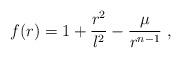
LaTeX: \begin{align*} f(r) = 1+\frac{r^2}{l^2} -\frac{\mu}{r^{n-1}}~,\end{align*}